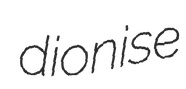
dionise